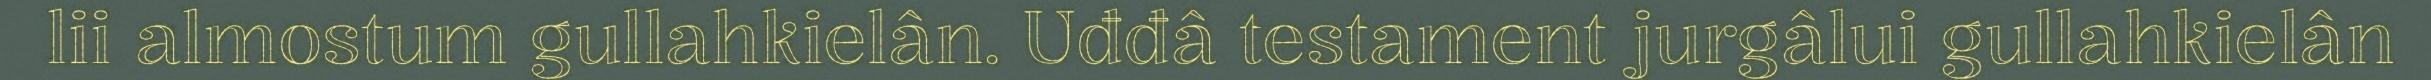
lii almostum gullahkielân. Uđđâ testament jurgâlui gullahkielân